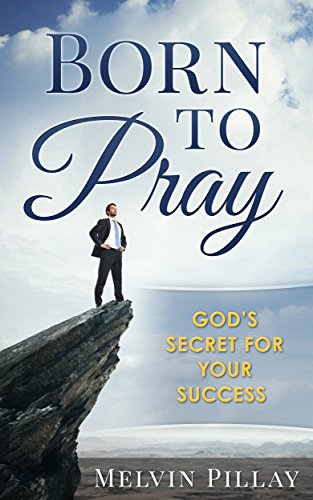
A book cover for Born To Pray: God's Secret For Your Success; Melvin Pillay; Christian Books & Bibles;